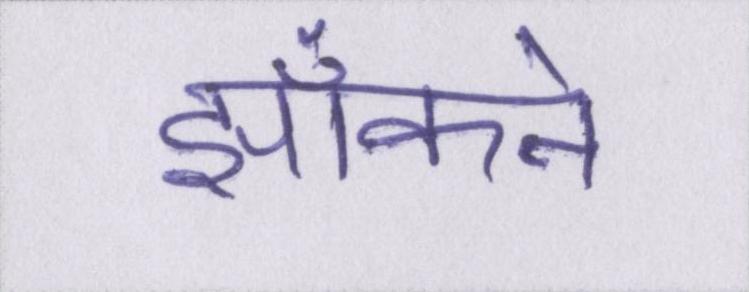
झाँकने